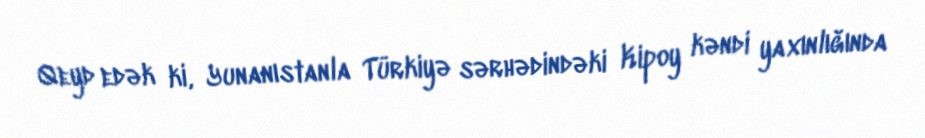
Qeyd edək ki, Yunanıstanla Türkiyə sərhədindəki Kipoy kəndi yaxınlığında